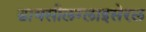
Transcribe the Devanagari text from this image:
डायसीलग्लाइसेरल